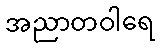
အညာတဝါရေ